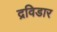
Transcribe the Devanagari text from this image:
द्रविडार